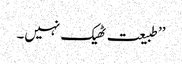
’’طبیعت ٹھیک نہیں۔